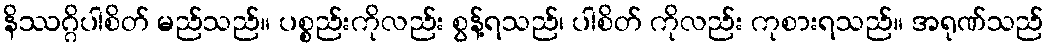
နိဿဂ္ဂိပါစိတ် မည်သည်။ ပစ္စည်းကိုလည်း စွန့်ရသည်၊ ပါစိတ် ကိုလည်း ကုစားရသည်။ အရုဏ်သည်